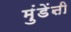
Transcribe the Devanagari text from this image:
मुंडेंऩी